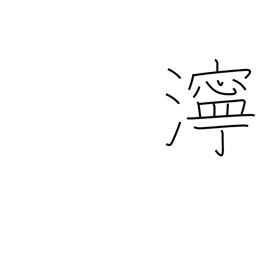
Meaning: muddiness